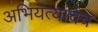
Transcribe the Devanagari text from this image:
अभियंत्यांचेच